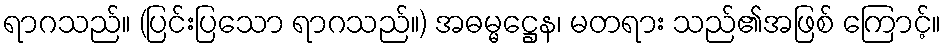
ရာဂသည်။ (ပြင်းပြသော ရာဂသည်။) အဓမ္မဋ္ဌေန၊ မတရား သည်၏အဖြစ် ကြောင့်။